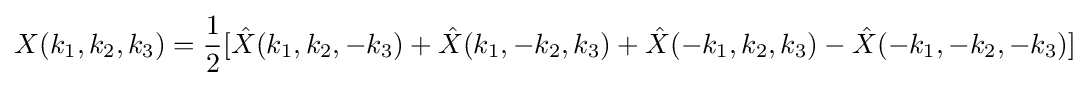
X(k_{1},k_{2},k_{3})={\frac {1}{2}}[{\hat {X}}(k_{1},k_{2},-k_{3})+{\hat {X}}(k_{1},-k_{2},k_{3})+{\hat {X}}(-k_{1},k_{2},k_{3})-{\hat {X}}(-k_{1},-k_{2},-k_{3})]